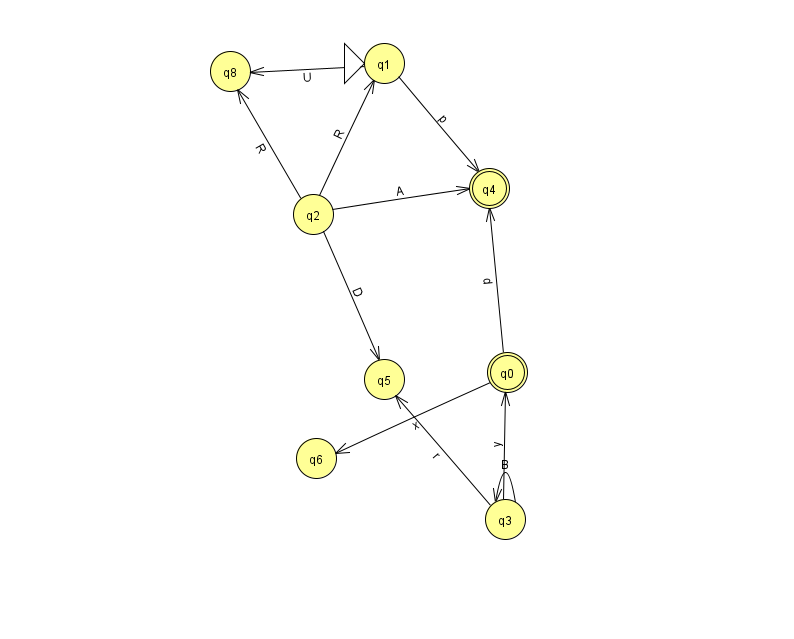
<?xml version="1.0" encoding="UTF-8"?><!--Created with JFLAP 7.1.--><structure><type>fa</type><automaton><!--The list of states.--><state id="0" name="q0"><x>507.0</x><y>359.0</y><final/></state><state id="1" name="q1"><x>384.0</x><y>50.0</y><initial/></state><state id="2" name="q2"><x>313.0</x><y>201.0</y></state><state id="3" name="q3"><x>505.0</x><y>506.0</y></state><state id="4" name="q4"><x>489.0</x><y>175.0</y><final/></state><state id="5" name="q5"><x>384.0</x><y>366.0</y></state><state id="6" name="q6"><x>316.0</x><y>445.0</y></state><state id="8" name="q8"><x>230.0</x><y>58.0</y></state><!--The list of transitions.--><transition><from>1</from><to>4</to><read>p</read></transition><transition><from>3</from><to>0</to><read>y</read></transition><transition><from>3</from><to>3</to><read>B</read></transition><transition><from>0</from><to>4</to><read>d</read></transition><transition><from>2</from><to>8</to><read>R</read></transition><transition><from>0</from><to>6</to><read>x</read></transition><transition><from>2</from><to>1</to><read>R</read></transition><transition><from>2</from><to>5</to><read>D</read></transition><transition><from>1</from><to>8</to><read>U</read></transition><transition><from>3</from><to>5</to><read>r</read></transition><transition><from>2</from><to>4</to><read>A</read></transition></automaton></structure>